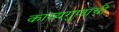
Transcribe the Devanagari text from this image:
काव्यगुणांची